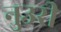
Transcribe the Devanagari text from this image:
नुउरी